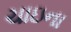
ચાઇના